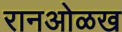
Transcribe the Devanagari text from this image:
रानओळख